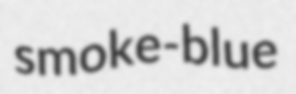
smoke-blue